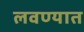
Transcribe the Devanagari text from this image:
लवण्यात